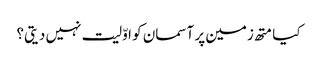
کیا متھ زمین پر آسمان کو اوّلیت نہیں دیتی؟